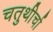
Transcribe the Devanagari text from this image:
चतुथीर्चा